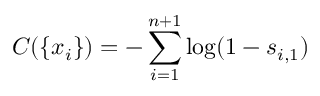
C ( \{ x _ { i } \} ) = - \sum _ { i = 1 } ^ { n + 1 } \log ( 1 - s _ { i , 1 } )